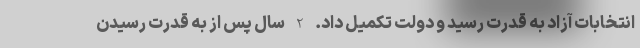
انتخابات آزاد به قدرت رسید و دولت تکمیل داد. 2 سال پس از به قدرت رسیدن